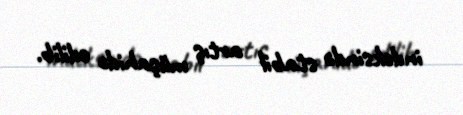
indeksində stabil artış müşahidə edilib.